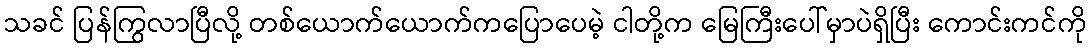
သခင် ပြန်ကြွလာပြီလို့ တစ်ယောက်ယောက်ကပြောပေမဲ့ ငါတို့က မြေကြီးပေါ်မှာပဲရှိပြီး ကောင်းကင်ကို